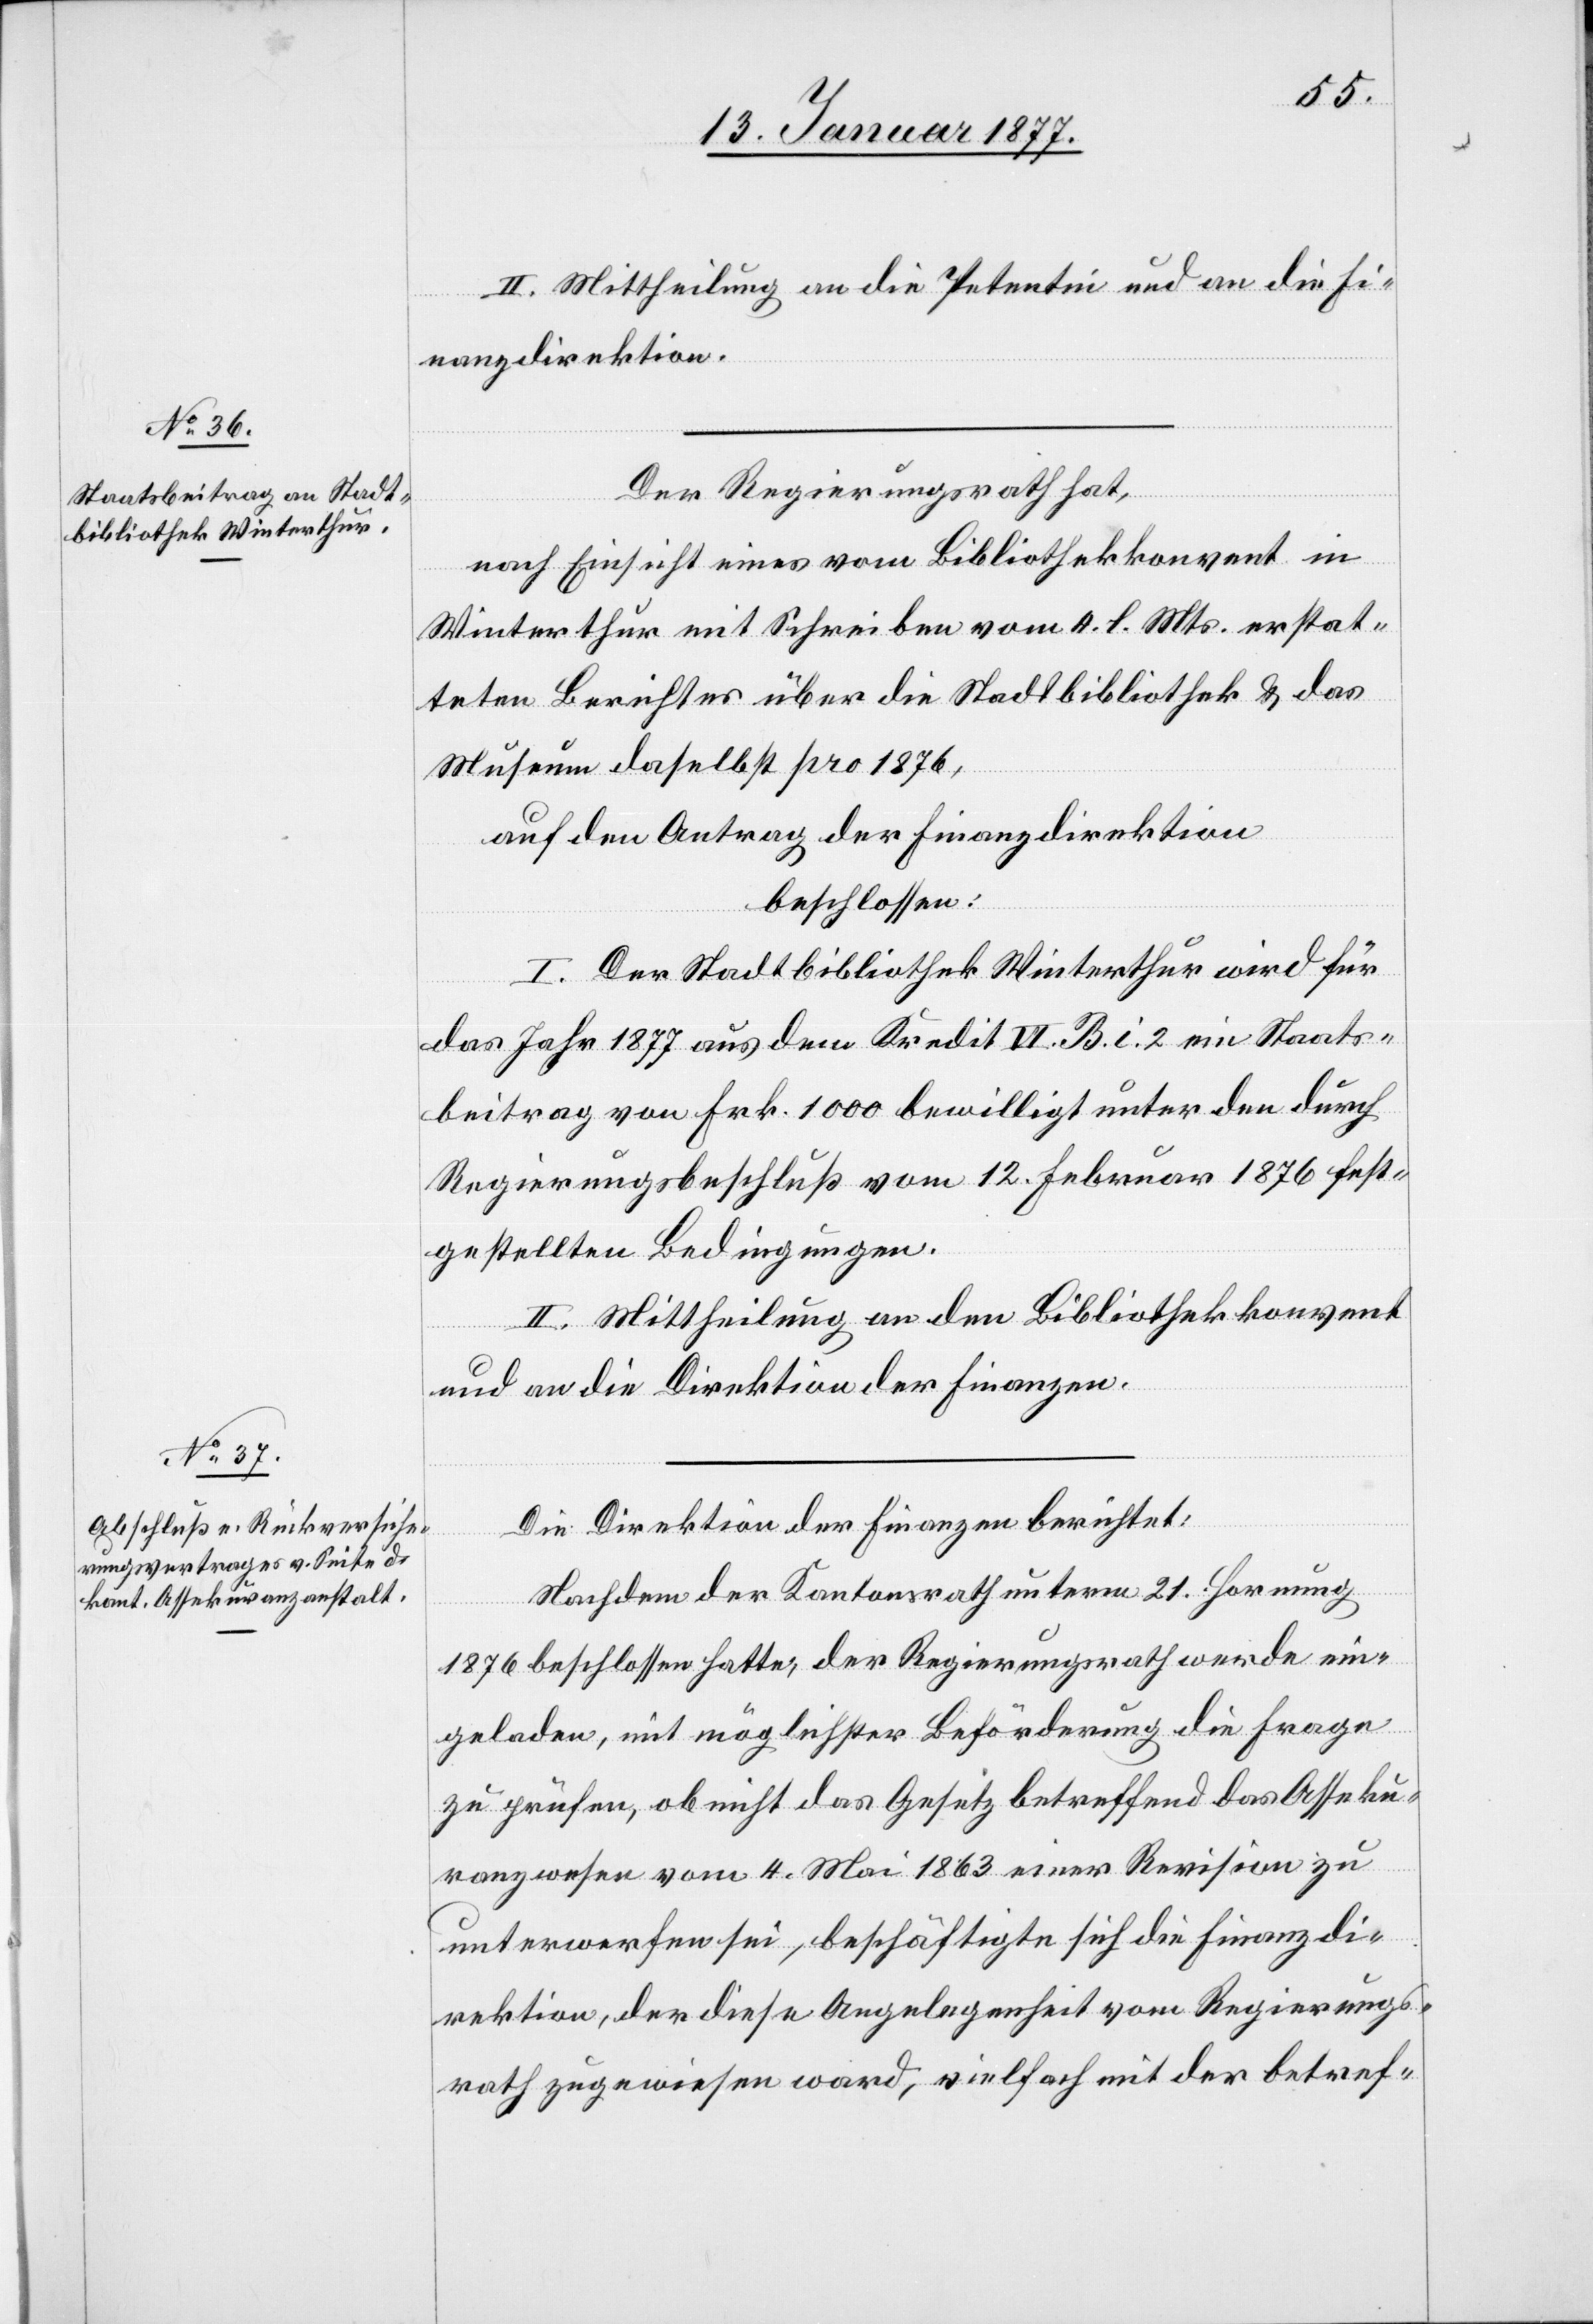
II. Mittheilung an die Petentin und an die Fi¬
nanzdirektion.
Der Regierungsrath hat,
nach Einsicht eines vom Bibliothekkonvent in
Winterthur mit Schreiben vom 4. l. Mts. erstel¬
lten Berichtes über die Stadtbibliothek & das
Museum daselbst pro 1876,
auf Antrag der Finanzdirektion
beschlossen:
I. Der Stadtbibliothek Winterthur wird für
das Jahr 1977 aus dem Kredit VI. B. i. 2 ein Staats¬
beitrag von Frk. 1000 bewilligt unter den durch
Regierungsbeschluß vom 12. Februar 1876 fest¬
gestellten Bedingungen.
II. Mittheilung an den Bibliothekkonvent
und an die Direktion der Finanzen.
Die Direktion der Finanzen berichtet:
Nachdem der Kantonsrath unterm 21. Hornung
1876 beschlossen hatte, der Regierungsrath werde ein¬
geladen, mit möglicher Beförderung die Frage
zu prüfen, ob nicht das Gesetz betreffend das Asseku¬
ranzwesen vom 4. Mai 1863 einer Revision zu
unterwerfen sei, beschäftigte sich die Finanzdi¬
rektion, der diese Angelegenheit vom Regierungs¬
rath zugewiesen ward, vielfach mit der betref-